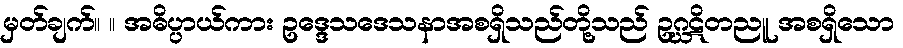
မှတ်ချက်။ ။ အဓိပ္ပာယ်ကား ဥဒ္ဒေသဒေသနာအစရှိသည်တို့သည် ဥဂ္ဃဋိတညူ အစရှိသော